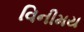
વિનીમય